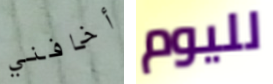
أخافني لليوم